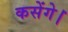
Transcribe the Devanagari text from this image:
कसेंगे।